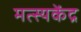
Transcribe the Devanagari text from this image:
मत्स्यकेंद्र